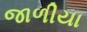
જાળીયા